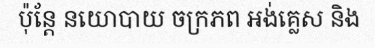
ប៉ុន្តែ នយោបាយ ចក្រភព អង់គ្លេស និង